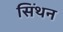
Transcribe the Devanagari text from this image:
सिंथन